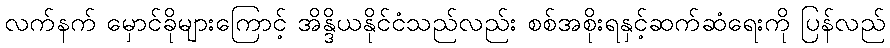
လက်နက် မှောင်ခိုများကြောင့် အိန္ဒိယနိုင်ငံသည်လည်း စစ်အစိုးရနှင့်ဆက်ဆံရေးကို ပြန်လည်